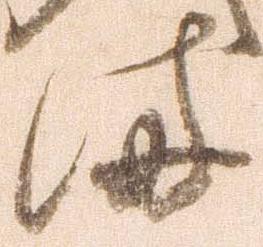
備